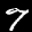
Label: 7